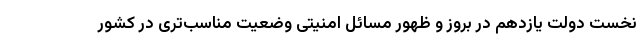
نخست دولت یازدهم در بروز و ظهور مسائل امنیتی وضعیت مناسب‌تری در کشور